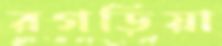
রগড়িয়া